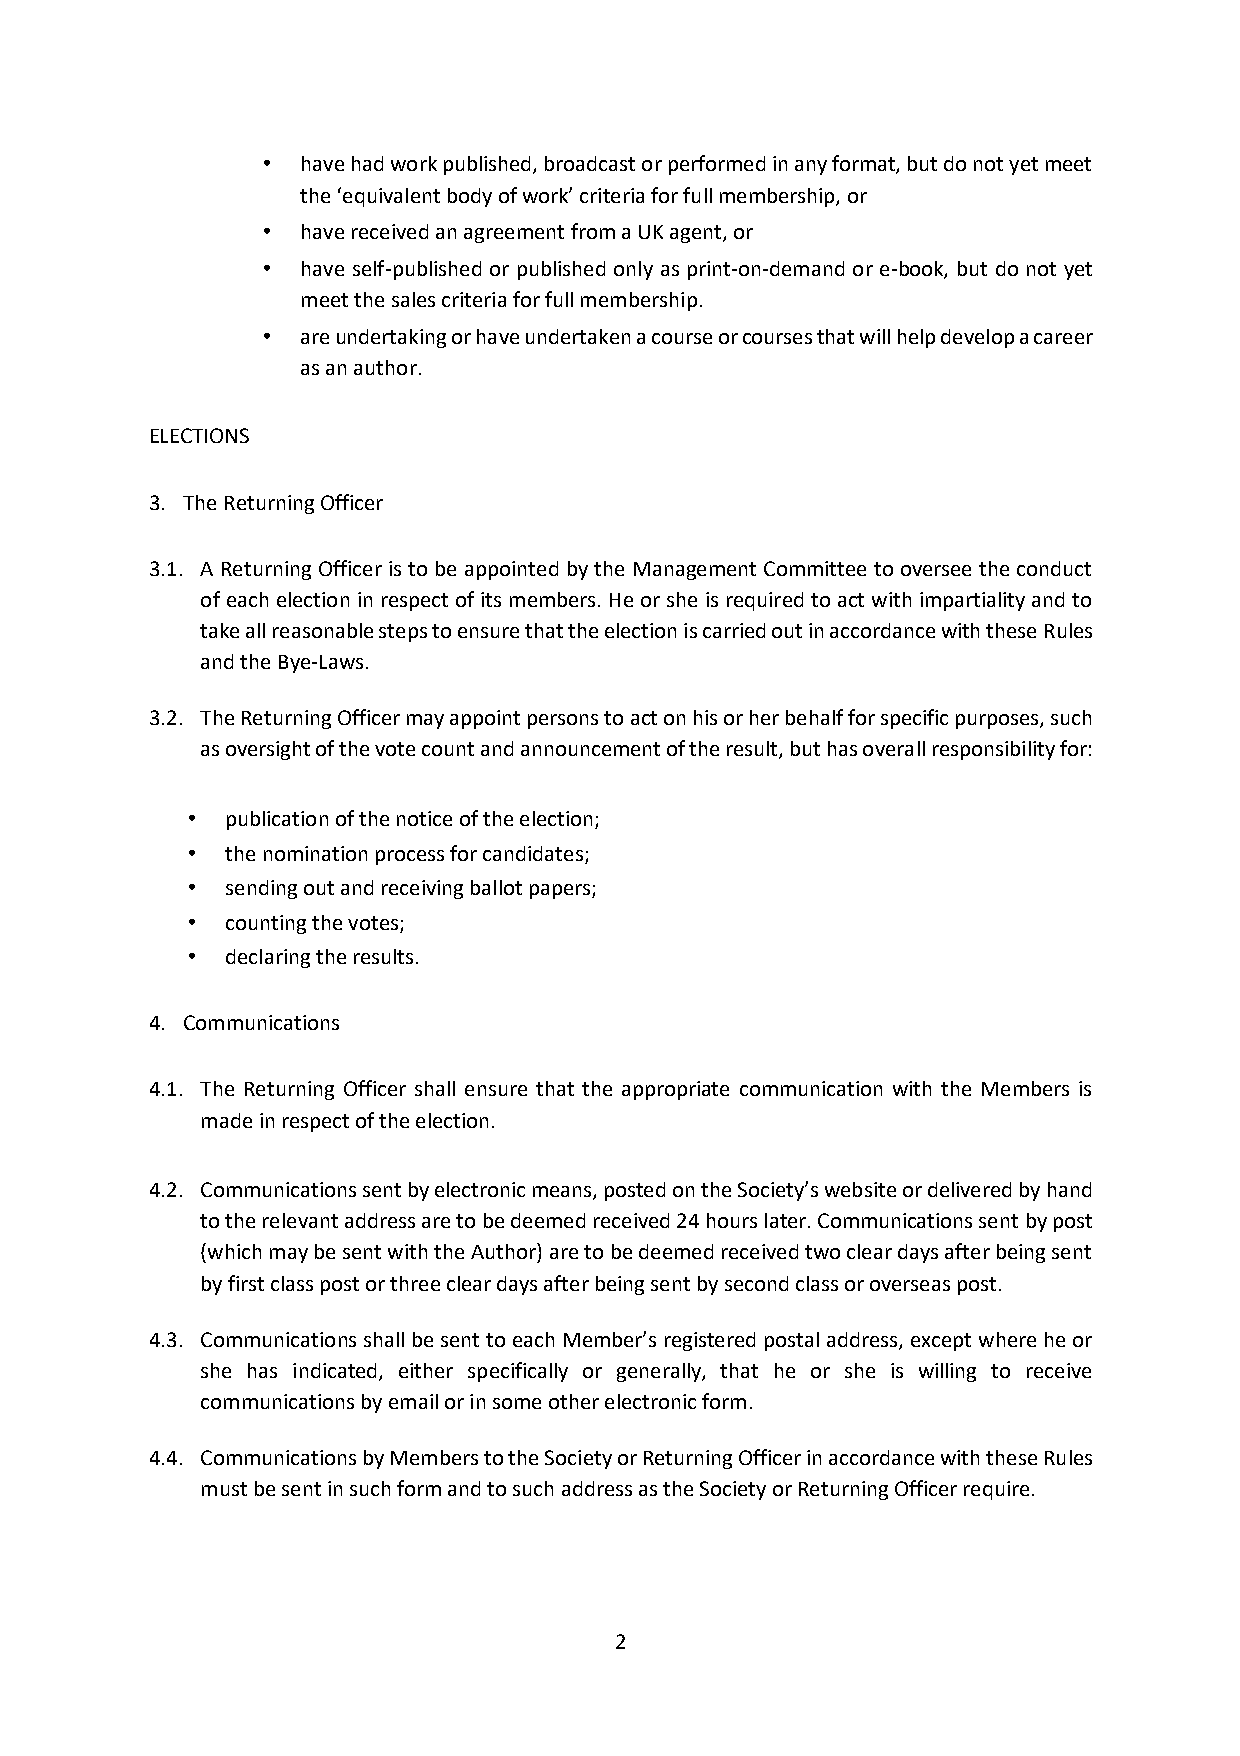
•  have had work published, broadcast or performed in any format, but do not yet meet
 the ‘equivalent body of work’ criteria for full membership, or
 •  have received an agreement from a UK agent, or
 •  have self-published or published only as print-on-demand or e-book, but do not yet
 meet the sales criteria for full membership.
 •  are undertaking or have undertaken a course or courses that will help develop a career
 as an author.
 ELECTIONS
 3. The Returning Officer
 3.1. A Returning Officer is to be appointed by the Management Committee to oversee the conduct
 of each election in respect of its members. He or she is required to act with impartiality and to
 take all reasonable steps to ensure that the election is carried out in accordance with these Rules
 and the Bye-Laws.
 3.2. The Returning Officer may appoint persons to act on his or her behalf for specific purposes, such
 as oversight of the vote count and announcement of the result, but has overall responsibility for:
 •  publication of the notice of the election;
 •  the nomination process for candidates;
 •  sending out and receiving ballot papers;
 •  counting the votes;
 •  declaring the results.
 4. Communications
 4.1. The Returning Officer shall ensure that the appropriate communication with the Members is
 made in respect of the election.
 4.2. Communications sent by electronic means, posted on the Society’s website or delivered by hand
 to the relevant address are to be deemed received 24 hours later. Communications sent by post
 (which may be sent with the Author) are to be deemed received two clear days after being sent
 by first class post or three clear days after being sent by second class or overseas post.
 4.3. Communications shall be sent to each Member’s registered postal address, except where he or
 she has indicated, either specifically or generally, that he or she is willing to receive
 communications by email or in some other electronic form.
 4.4. Communications by Members to the Society or Returning Officer in accordance with these Rules
 must be sent in such form and to such address as the Society or Returning Officer require.
 2